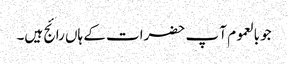
جو بالعموم آ پ حضرات کے ہاں رائج ہیں۔